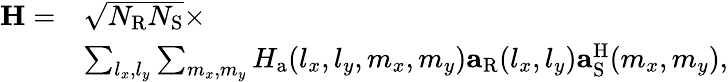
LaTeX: \begin{array}{rl}{\mathbf{H}=}&{\sqrt{N_{\mathrm{R}}N_{\mathrm{S}}}\times}\\ &{\sum_{l_{x},l_{y}}\sum_{m_{x},m_{y}}H_{\mathrm{a}}(l_{x},l_{y},m_{x},m_{y})\mathbf{a}_{\mathrm{R}}(l_{x},l_{y})\mathbf{a}_{\mathrm{S}}^{\mathrm{H}}(m_{x},m_{y}),}\end{array}